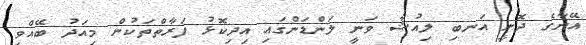
އޭނާގެ ދޮށީ އަނބި ލިއުޝާ ވަނީ ލަންޑަންގައި އިދިކޮޅު ފަރާތްތަކުން މިއަދު ބޭއްވި